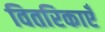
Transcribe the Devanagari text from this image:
वितरिकाएँ